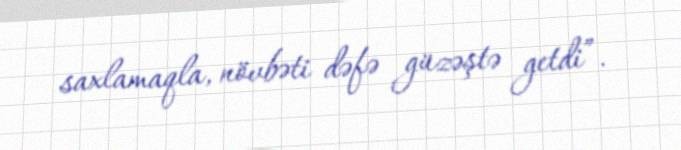
saxlamaqla, növbəti dəfə güzəştə getdi”.